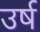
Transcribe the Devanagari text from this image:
उर्ष